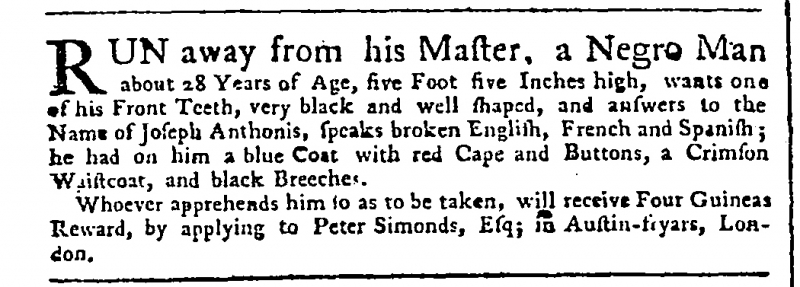
Public Advertiser, 11 July 1758 (England)
RUN away from his Master, a Negro Man about 28 Years of Age, five Foot five Inches high, wants one of his front Teeth, very black and well shaped, and answers to the Name of Joseph Anthonis, speaks broken English, French and Spanish; he had on him a blue Coat with red Cape and Buttons, a Crimson Waistcoat, and black Breeches.  Whoever apprehends him so as to be taken, will receive Four Guineas Reward, by applying to Peter Simonds, Esq; in Austin-Fryars, London.